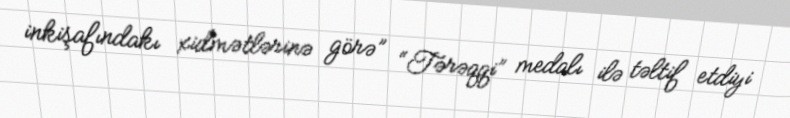
inkişafındakı xidmətlərinə görə” “Tərəqqi” medalı ilə təltif etdiyi